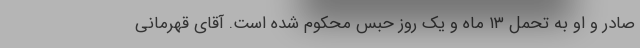
صادر و او به تحمل ۱۳ ماه و یک روز حبس محکوم شده است. آقای قهرمانی